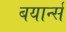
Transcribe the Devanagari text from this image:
बयार्न्स